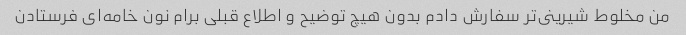
من مخلوط شیرینى‌تر سفارش دادم بدون هیچ توضیح و اطلاع قبلی برام نون خامه‌ای فرستادن